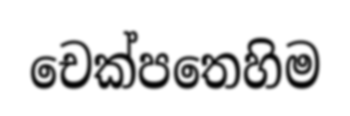
චෙක්පතෙහිම